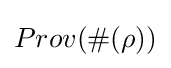
Prov(\#(\rho ))